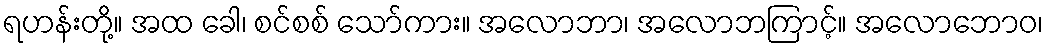
ရဟန်းတို့။ အထ ခေါ၊ စင်စစ် သော်ကား။ အလောဘာ၊ အလောဘကြာင့်။ အလောဘောဝ၊